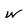
Character: w